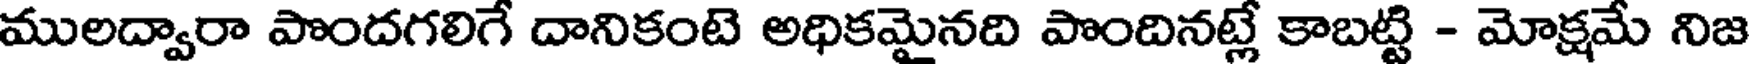
ములద్వారా పొందగలిగే దానికంటె అధికమైనది పొందినట్లే కాబట్టి - మోక్షమే నిజ